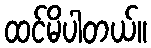
ထင်မိပါတယ်။